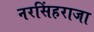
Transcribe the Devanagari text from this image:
नरसिंहराजा